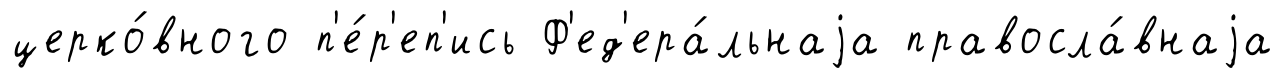
церко́вного п'е́р'еп'ись Ф'ед'ера́льнаjа правосла́внаjа